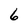
Character: 6